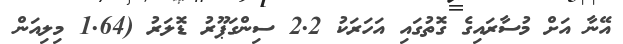
އޭނާ އަށް މުސާރައިގެ ގޮތުގައި އަހަރަކު 2.2 ސިންގަޕޫރު ޑޮލަރު (1.64 މިލިއަން